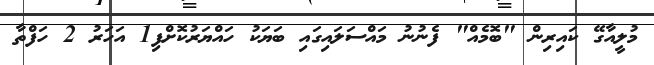
މުލީއާގޭ ކައިރިން "ބޮމެއް" ފެނުނު މައްސަލައިގައި ބަޔަކު ހައްޔަރުކޮށްފި1 އަހަރު 2 ހަފްތާ